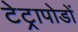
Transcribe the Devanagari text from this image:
टेट्रापोडों